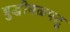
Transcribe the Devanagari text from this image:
बुद्धीबळपटू